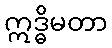
ဣဒ္ဓိမတာ